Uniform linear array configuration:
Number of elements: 32
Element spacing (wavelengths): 1
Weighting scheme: exponential
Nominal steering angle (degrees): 0
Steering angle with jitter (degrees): -0.7945
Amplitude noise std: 0.05
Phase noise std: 0.05

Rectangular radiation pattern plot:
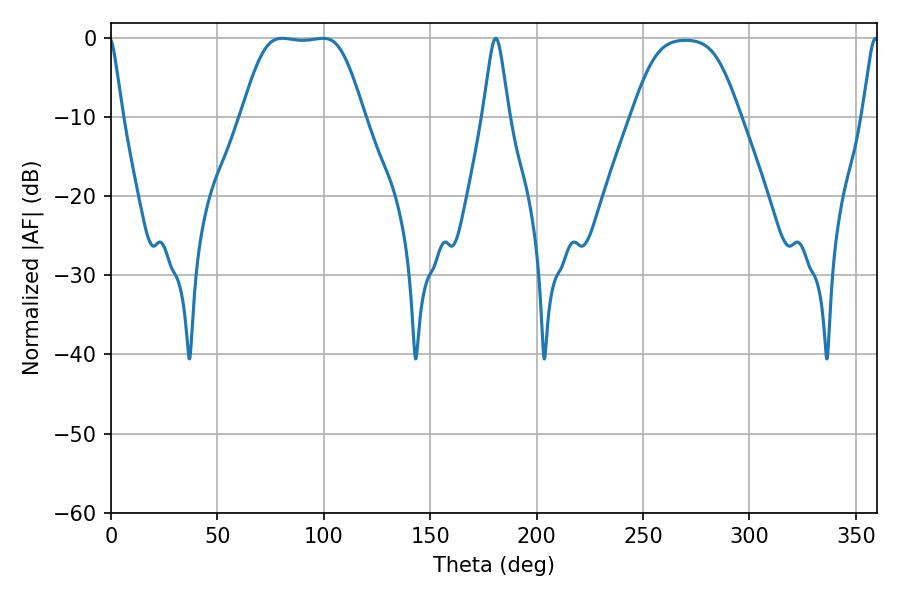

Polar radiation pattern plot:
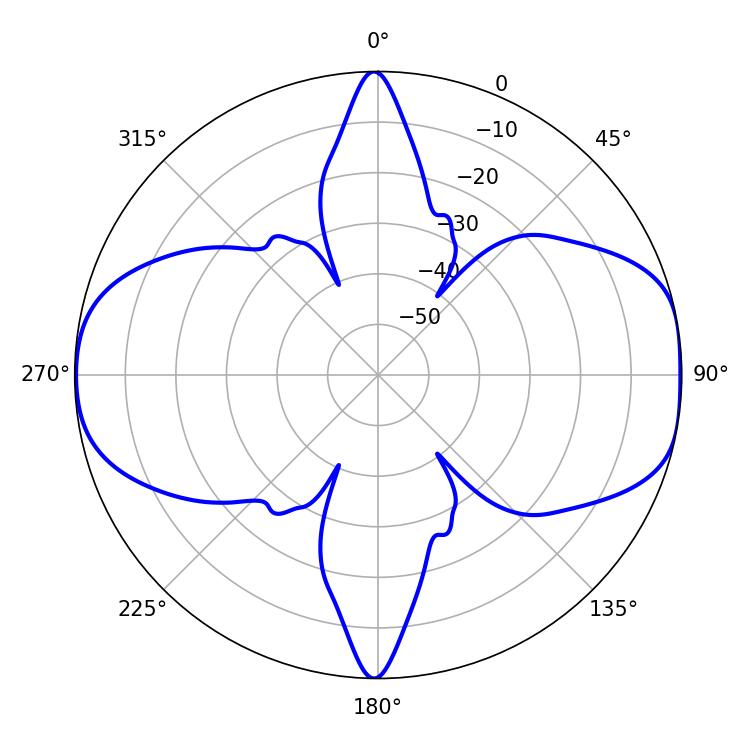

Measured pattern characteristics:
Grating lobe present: TRUE
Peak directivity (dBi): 10.528
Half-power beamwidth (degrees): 41.76
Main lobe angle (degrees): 80.46